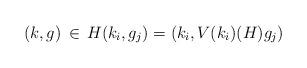
LaTeX: \begin{align*}(k, g) \,\in\, H (k_i, g_j) = (k_i, V(k_i)(H) g_j)\end{align*}